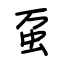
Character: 虿